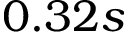
0 . 3 2 s